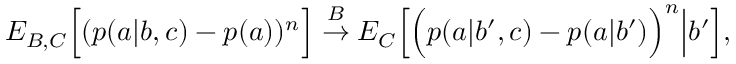
\begin{array} { r } { { E } _ { B , C } \Big [ ( p ( a | b , c ) - p ( a ) ) ^ { n } \Big ] \stackrel { B } { \rightarrow } { E } _ { C } \Big [ \Big ( p ( a | b ^ { \prime } , c ) - p ( a | b ^ { \prime } ) \Big ) ^ { n } \Big | b ^ { \prime } \Big ] , } \end{array}